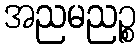
အညမညဉ္စ